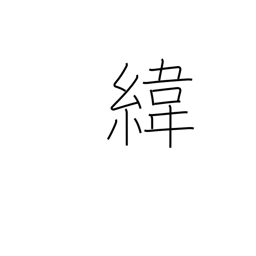
Meaning: (parallels of) latitude